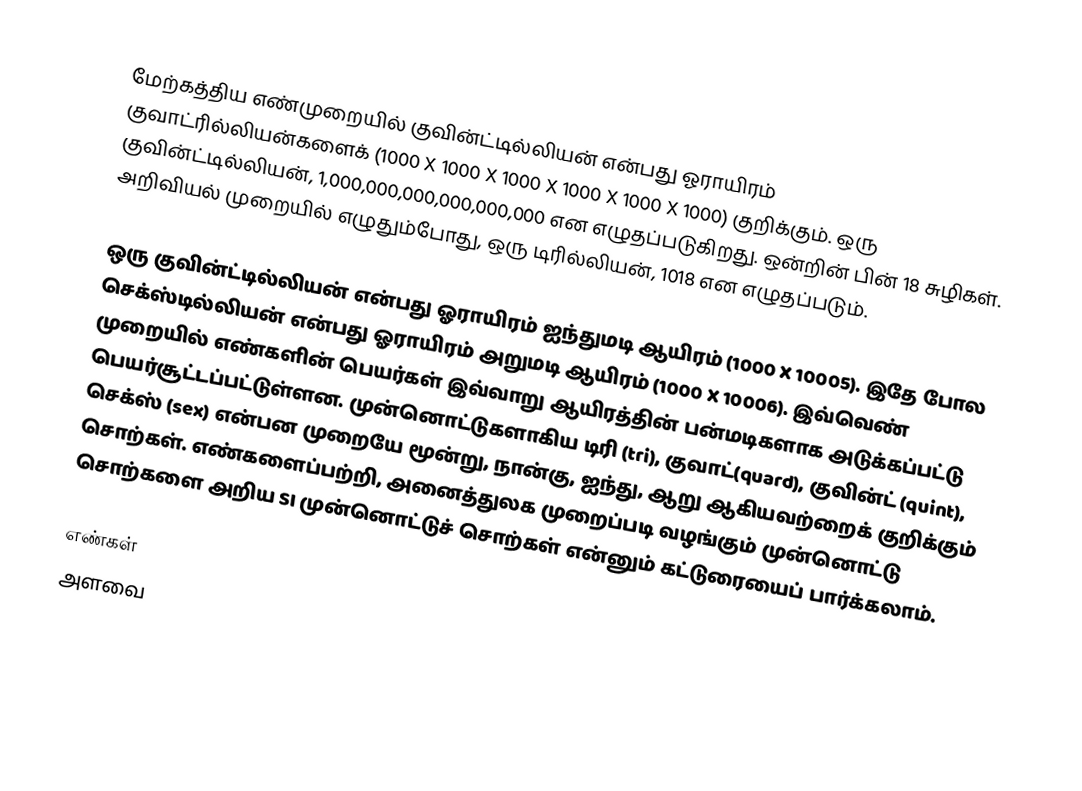
மேற்கத்திய எண்முறையில் குவின்ட்டில்லியன் என்பது ஓராயிரம்  குவாட்ரில்லியன்களைக் (1000 X 1000 X 1000 X 1000 X 1000 X 1000) குறிக்கும். ஒரு குவின்ட்டில்லியன், 1,000,000,000,000,000,000 என எழுதப்படுகிறது. ஒன்றின் பின் 18 சுழிகள். அறிவியல் முறையில் எழுதும்போது, ஒரு டிரில்லியன், 1018 என எழுதப்படும்.

ஒரு குவின்ட்டில்லியன்  என்பது ஓராயிரம் ஐந்துமடி ஆயிரம் (1000 X 10005). இதே போல செக்ஸ்டில்லியன் என்பது ஓராயிரம் அறுமடி ஆயிரம் (1000 X 10006). இவ்வெண் முறையில் எண்களின் பெயர்கள் இவ்வாறு ஆயிரத்தின் பன்மடிகளாக அடுக்கப்பட்டு பெயர்சூட்டப்பட்டுள்ளன. முன்னொட்டுகளாகிய டிரி (tri), குவாட்(quard), குவின்ட் (quint), செக்ஸ் (sex) என்பன முறையே மூன்று, நான்கு, ஐந்து, ஆறு ஆகியவற்றைக் குறிக்கும் சொற்கள். எண்களைப்பற்றி, அனைத்துலக முறைப்படி வழங்கும் முன்னொட்டு சொற்களை அறிய SI முன்னொட்டுச் சொற்கள் என்னும் கட்டுரையைப் பார்க்கலாம்.

எண்கள்
அளவை